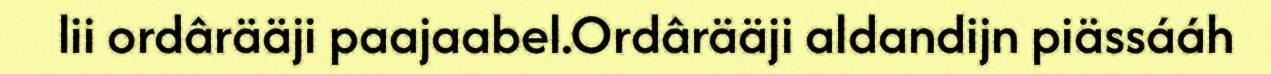
lii ordârääji paajaabel.Ordârääji aldandijn piässááh